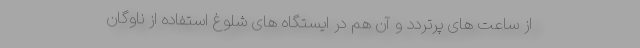
از ساعت های پرتردد و آن هم در ایستگاه های شلوغ استفاده از ناوگان